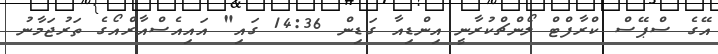
އޭގެ ސްޕޭސް ކްރާފްޓް ލޯންޗްކުރާނީ އިންޑިއާ ގަޑިން 14:36 ގައި" އައިއެސްއާރްއޯގެ ތަރުޖަމާނު